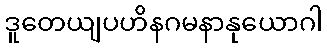
ဒူတေယျပဟိနဂမနာနုယောဂါ